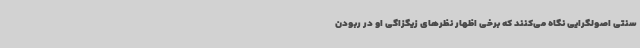
سنتی اصولگرایی نگاه می‌کنند که برخی اظهار نظرهای زیگزاگی‌ او در ربودن